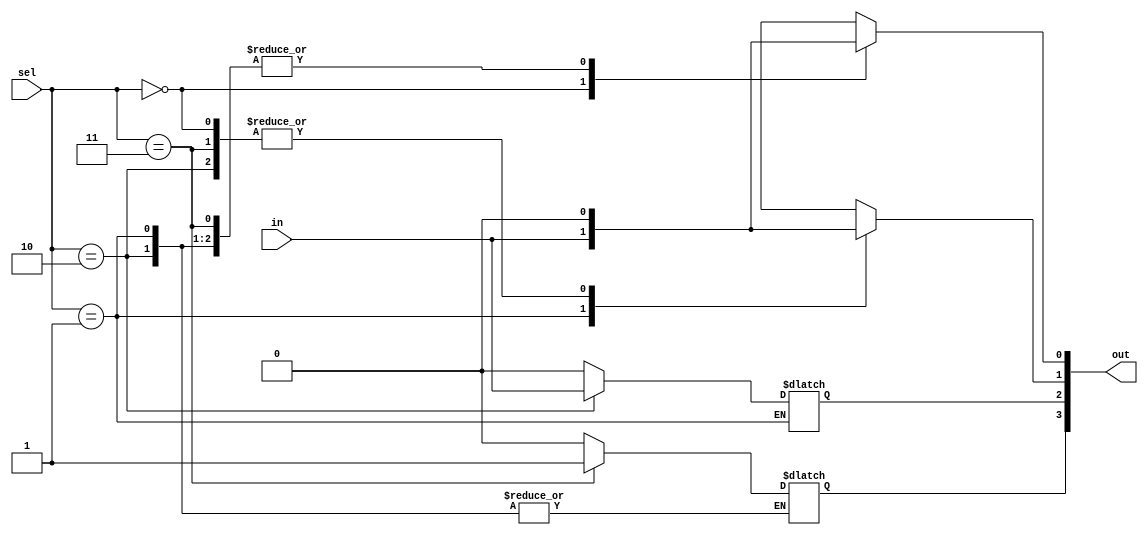
module demux(in,out,sel);
input [1:0] sel;
input in;
output reg  [3:0] out;


always @(sel,in)
case(sel)
    2'b00 : begin 
        out[0]=in;
        out[3:1]=0;
        end
    2'b01: begin 
        out[1]=in;
        out[0]=0;
    end
    2'b10: begin 
        out[2]=in;
        out[1:0]=0;
    end
    2'b11:begin 
        out [3]=1;
        out [2:0]=0;
    end
endcase

endmodule